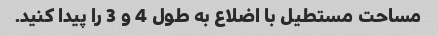
مساحت مستطیل با اضلاع به طول 4 و 3 را پیدا کنید.